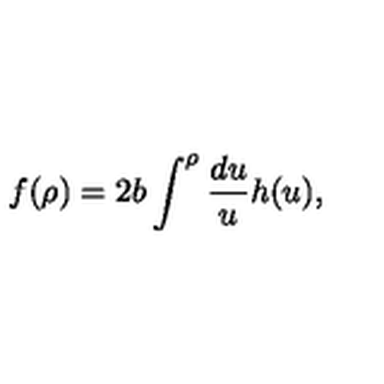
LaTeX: f ( \rho ) = 2 b \int ^ { \rho } \frac { d u } { u } h ( u ) ,